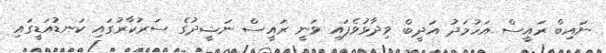
ނައިބް ރައީސް އަހުމަދު އަދީބް ވިދާޅުވެފައި ވަނީ ރައީސް ނަޝީދުގެ ސަރުކާރުގައި ކަނޑުއަޑީގައި